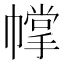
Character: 幥